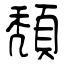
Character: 頽